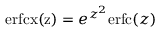
\mathrm { e r f c x ( z ) } = e ^ { z ^ { 2 } } \mathrm { e r f c } ( z )